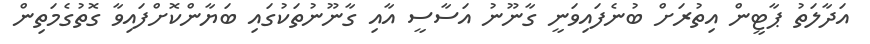
އަދާލަތު ޕާޓީން އިތުރަށް ބުނެފައިވަނީ ގާނޫނު އަސާސީ އާއި ގާނޫނުތަކުގައި ބަޔާންކޮށްފައިވާ ގޮތުގެމަތިން